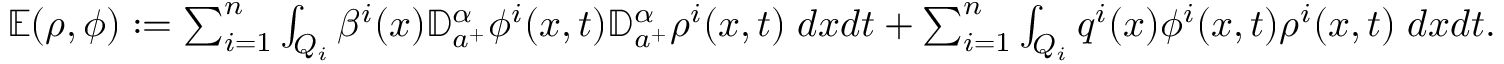
\begin{array} { r } { \mathbb E ( \rho , \phi ) : = \sum _ { i = 1 } ^ { n } \int _ { Q _ { i } } \beta ^ { i } ( x ) { \mathbb D } _ { a ^ { + } } ^ { \alpha } \phi ^ { i } ( x , t ) { \mathbb D } _ { a ^ { + } } ^ { \alpha } \rho ^ { i } ( x , t ) \; d x d t + \sum _ { i = 1 } ^ { n } \int _ { Q _ { i } } q ^ { i } ( x ) \phi ^ { i } ( x , t ) \rho ^ { i } ( x , t ) \; d x d t . } \end{array}